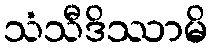
သံသီဒိဿာမိ